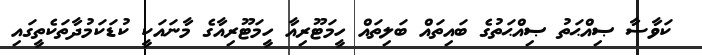
ކަވާސާ ޞިއްޙަތު ޞިއްޙަތުގެ ބައިތައް ބަލިތައް ހީމަޓޫރިއާ ހީމަޓޫރިއާގެ މާނައަކީ ކުޑަކަމުދާތަކެތީގައި